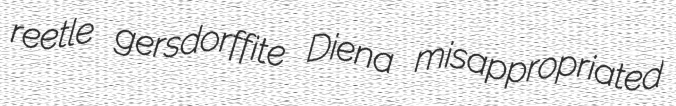
reetle gersdorffite Diena misappropriated